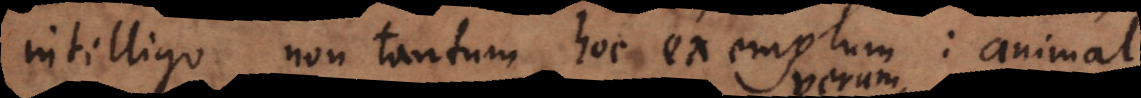
intelligo non tantum hoc exemplum: animal